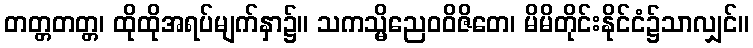
တတ္တတတ္တ၊ ထိုထိုအရပ်မျက်နှာ၌။ သကသ္မိညေဝဝိဇိတေ၊ မိမိတိုင်းနိုင်ငံ၌သာလျှင်။